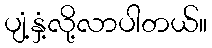
ပျံ့နှံ့လို့လာပါတယ်။